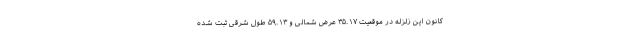
کانون این زلزله در موقعیت ۳۵.۱۷ عرض شمالی و ۵۹.۱۳ طول شرقی ثبت شده